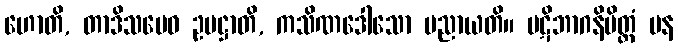
ဟောတိ, တာဒိသမေဝ ဥပဋ္ဌာတိ, ကသိဏဒေါသော ပညာယတိ။ ပဋိဘာဂနိမိတ္တံ ပန